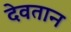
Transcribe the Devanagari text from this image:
देवतान